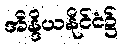
အိန္ဒိယနိုင်ငံ၌